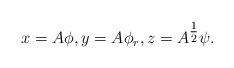
LaTeX: \begin{align*}x = A \phi, y = A \phi_r, z = A^{\tfrac{1}{2}} \psi.\end{align*}